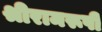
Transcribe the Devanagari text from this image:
श्रीरामरूपी